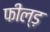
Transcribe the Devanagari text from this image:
फील्ड़